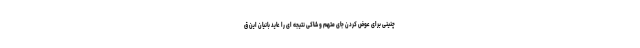
چنینی برای عوض کردن جای متهم و شاکی نتیجه ای را عاید بانیان این ق